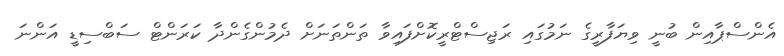
އެންސްޕާއިން ބުނީ ވިޔަފާރީގެ ނަމުގައި ރަޖިސްޓްރީކޮށްފައިވާ ތަންތަނަށް ދެމުންގެންދާ ކަރަންޓް ސަބްސިޑީ އަންނަ